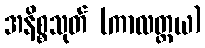
အနိစ္စသုတ် (ကာလတ္တယ)